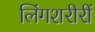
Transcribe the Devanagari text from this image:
लिंगशरीरीं